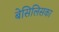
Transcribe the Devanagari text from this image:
बेसिलिसका